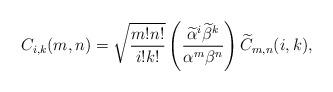
LaTeX: \begin{align*}C_{i,k}(m,n)=\sqrt{\frac{m!n!}{i!k!}}\left(\frac{\widetilde{\alpha}^i\widetilde{\beta}^k}{\alpha^{m}\beta^{n}}\right)\widetilde{C}_{m,n}(i,k),\end{align*}